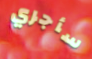
سأجري